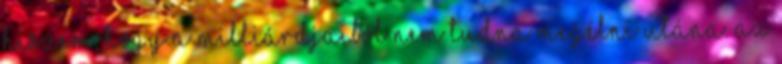
hiszem, hogy a milliárdjaiból nem tudna megélni utána. Az